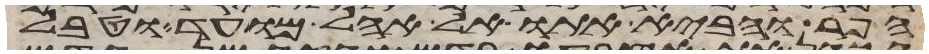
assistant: הפר והביא אתו אל אהל מועד וטבל